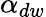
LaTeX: \alpha_{dw}